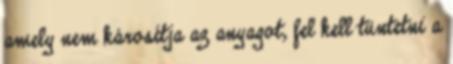
amely nem károsítja az anyagot, fel kell tüntetni a